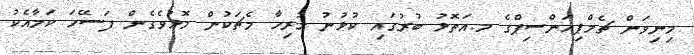
މިނިވަން ޗެމްޕިއަންސިޕްގެ މ.އަތޮޅު ބުރުގައި ކުޅުނު ހުރިހާ މެޗަކުން މޮޅުވެގެން ފަސޭހަ ކަމާއެކު